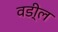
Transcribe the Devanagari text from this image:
वडी्ल